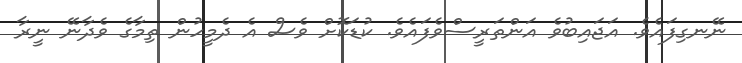
ނޭނގިފައެވެ. އަޖައިބުވެ އަންތަރީސްވެފައެވެ. ކުޑަކޮށް ވެސް އެ ދެމީހުން ތިމާގެ ވެދާނޭ ނީރާ